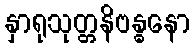
နှာရုသုတ္တနိဗန္ဓနော